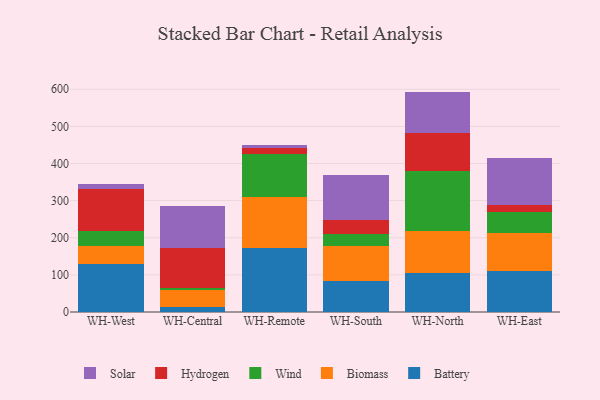
{"axis": {"x": "Warehouse", "y": "Churn Rate (%)"}, "legend": ["Battery", "Biomass", "Hydrogen", "Solar", "Wind"], "data": [{"x": "WH-West", "y": 128.2, "type": "Battery"}, {"x": "WH-West", "y": 50.4, "type": "Biomass"}, {"x": "WH-West", "y": 38.3, "type": "Wind"}, {"x": "WH-West", "y": 115.6, "type": "Hydrogen"}, {"x": "WH-West", "y": 13.3, "type": "Solar"}, {"x": "WH-Central", "y": 14.8, "type": "Battery"}, {"x": "WH-Central", "y": 43.9, "type": "Biomass"}, {"x": "WH-Central", "y": 7.1, "type": "Wind"}, {"x": "WH-Central", "y": 105.6, "type": "Hydrogen"}, {"x": "WH-Central", "y": 113.0, "type": "Solar"}, {"x": "WH-Remote", "y": 172.9, "type": "Battery"}, {"x": "WH-Remote", "y": 136.7, "type": "Biomass"}, {"x": "WH-Remote", "y": 116.5, "type": "Wind"}, {"x": "WH-Remote", "y": 15.6, "type": "Hydrogen"}, {"x": "WH-Remote", "y": 7.0, "type": "Solar"}, {"x": "WH-South", "y": 83.2, "type": "Battery"}, {"x": "WH-South", "y": 93.3, "type": "Biomass"}, {"x": "WH-South", "y": 32.7, "type": "Wind"}, {"x": "WH-South", "y": 37.8, "type": "Hydrogen"}, {"x": "WH-South", "y": 123.3, "type": "Solar"}, {"x": "WH-North", "y": 106.2, "type": "Battery"}, {"x": "WH-North", "y": 112.9, "type": "Biomass"}, {"x": "WH-North", "y": 161.7, "type": "Wind"}, {"x": "WH-North", "y": 101.4, "type": "Hydrogen"}, {"x": "WH-North", "y": 111.5, "type": "Solar"}, {"x": "WH-East", "y": 110.4, "type": "Battery"}, {"x": "WH-East", "y": 101.5, "type": "Biomass"}, {"x": "WH-East", "y": 58.2, "type": "Wind"}, {"x": "WH-East", "y": 17.4, "type": "Hydrogen"}, {"x": "WH-East", "y": 128.5, "type": "Solar"}]}